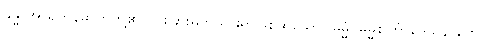
ခန္ဓာအာရတနဓာတ်တို့၏ ပိုင်းခြားမှတ်သားရာဖြစ်ထသော။ ဓမ္မံ၊ ဓမ္မစင်္ကြာဒေသနာတော်။